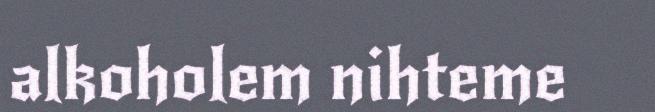
alkoholem nihteme